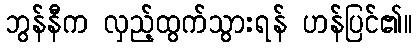
ဘွန်နီက လှည့်ထွက်သွားရန် ဟန်ပြင်၏။